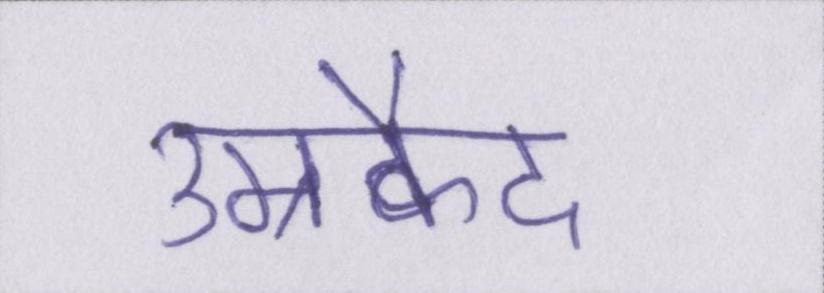
उम्रकैद